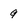
Character: 9